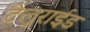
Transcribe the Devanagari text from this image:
टेलुराईड